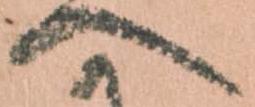
へ